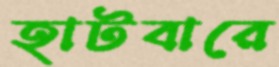
হাটবারে